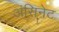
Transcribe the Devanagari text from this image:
अंसिनेट